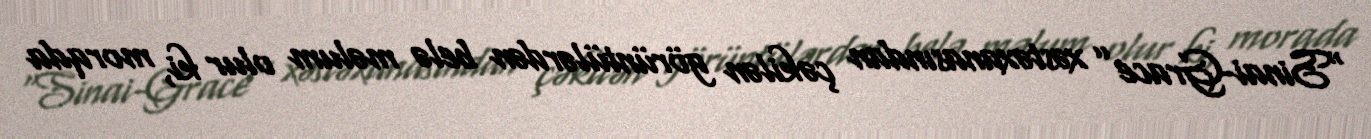
“Sinai-Grace” xəstəxanasından çəkilən görüntülərdən belə məlum olur ki, morqda